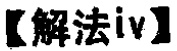
【解法iv】